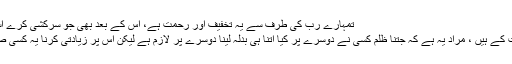
تمہارے رب کی طرف سے یہ تخفیف اور رحمت ہے، اس کے بعد بھی جو سرکشی کرے اسے دردناک عذاب ہوگا ‘‘
القصاص کے معنی مماثلت کے ہیں ، مراد یہ ہے کہ جتنا ظلم کسی نے دوسرے پر کیا اتنا ہی بدلہ لینا دوسرے پر لازم ہے لیکن اس پر زیادتی کرنا یہ کسی صورت بھی جائز نہیں ہے۔